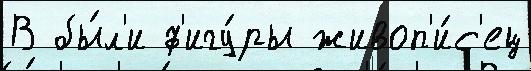
В бы́л'и ф'игу́ры живоп'и́с'ец